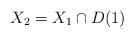
LaTeX: \begin{align*}X_2= X_1\cap D(1)\end{align*}